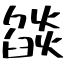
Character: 燄